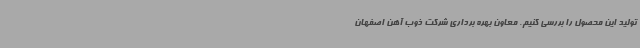
تولید این محصول را بررسی کنیم. معاون بهره برداری شرکت ذوب آهن اصفهان